Problem: 50 + 36 = ?
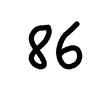
Handwritten answer: 86